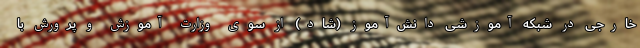
خارجی در شبکه آموزشی دانش‌آموز (شاد) از سوی وزارت آموزش و پرورش با